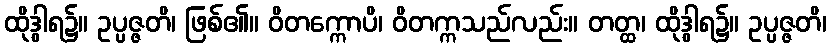
ထိုဒွါရ၌။ ဥပ္ပဇ္ဇတိ၊ ဖြစ်၏။ ဝိတက္ကောပိ၊ ဝိတက္ကသည်လည်း။ တတ္ထ၊ ထိုဒွါရ၌။ ဥပ္ပဇ္ဇတိ၊